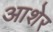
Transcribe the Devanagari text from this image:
आशेर